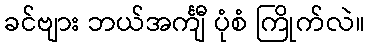
ခင်ဗျား ဘယ်အင်္ကျီ ပုံစံ ကြိုက်လဲ။